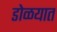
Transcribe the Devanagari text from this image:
डोळयात